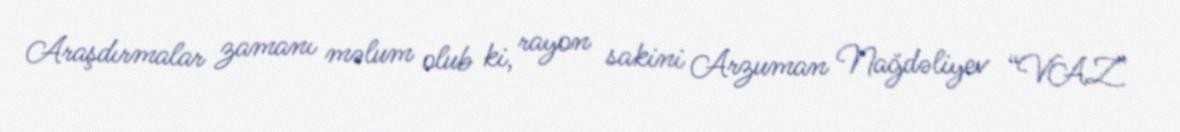
Araşdırmalar zamanı məlum olub ki, rayon sakini Arzuman Nağdəliyev “VAZ”